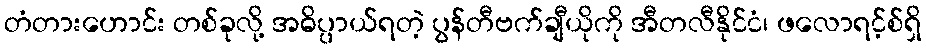
တံတားဟောင်း တစ်ခုလို့ အဓိပ္ပာယ်ရတဲ့ ပွန်တီဗက်ချီယိုကို အီတလီနိုင်ငံ၊ ဖလောရင့်စ်ရှိ